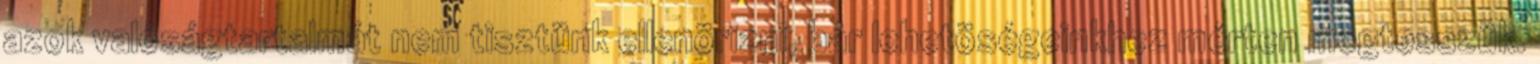
azok valóságtartalmát nem tisztünk ellenörizni, bár lehetöségeinkhez mérten megtesszük.